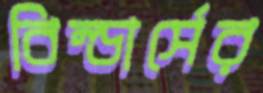
বিল্ডার্সের